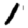
Digit: 1